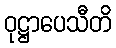
ဝုဋ္ဌာပေသီတိ